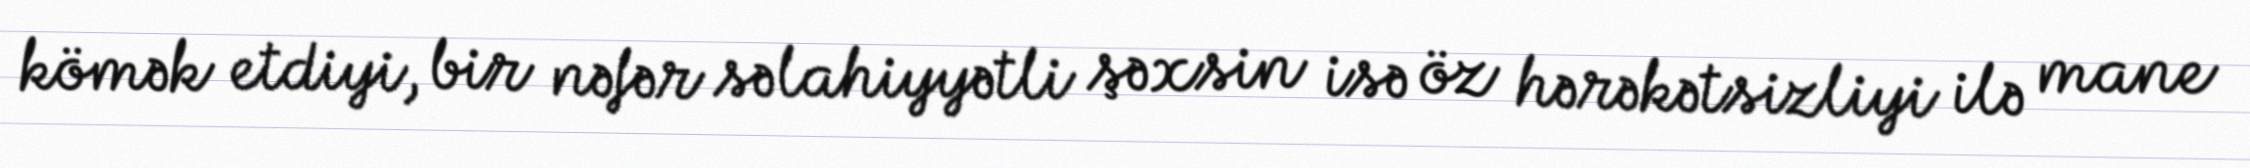
kömək etdiyi, bir nəfər səlahiyyətli şəxsin isə öz hərəkətsizliyi ilə mane